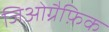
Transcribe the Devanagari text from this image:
जिओग्रैफ़िक